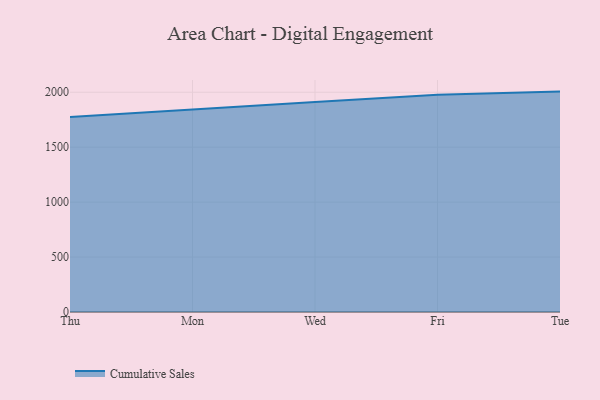
{"axis": {"x": "Day", "y": "Waste Production (Tons)"}, "legend": ["Cumulative Sales"], "data": [{"x": "Thu", "y": 1775.0, "type": "Cumulative Sales"}, {"x": "Mon", "y": 1839.5, "type": "Cumulative Sales"}, {"x": "Wed", "y": 1910.2, "type": "Cumulative Sales"}, {"x": "Fri", "y": 1976.0, "type": "Cumulative Sales"}, {"x": "Tue", "y": 2005.8, "type": "Cumulative Sales"}]}